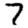
Digit: 7